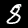
Label: 8